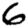
Digit: 6